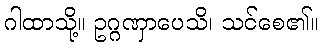
ဂါထာသို့။ ဥဂ္ဂဏှာပေသိ၊ သင်စေ၏။